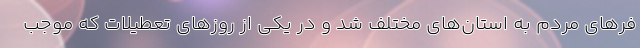
فر‌های مردم به استان‌های مختلف شد و در یکی از روزهای تعطیلات که موجب